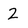
Character: 2